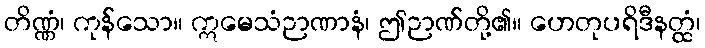
တိဏ္ဏံ၊ ကုန်သော။ ဣမေသံဉာဏာနံ၊ ဤဉာဏ်တို့၏။ ဟေတုပရိဒီနတ္ထံ၊